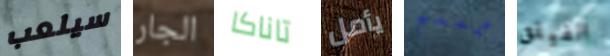
سيلعب الجار تاناكا يأمل ممممم الفيلق